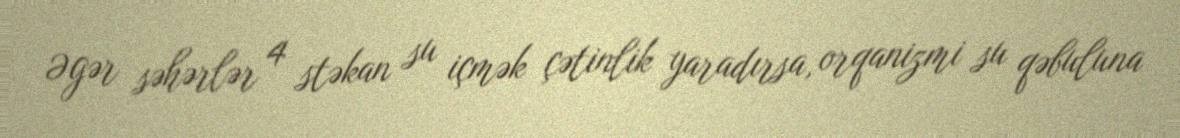
Əgər səhərlər 4 stəkan su içmək çətinlik yaradırsa, orqanizmi su qəbuluna